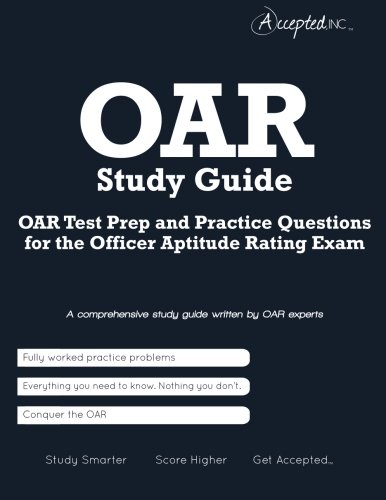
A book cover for OAR Study Guide: OAR Test Prep and Practice Test Questions for the Officer Aptitude Rating Exam; Inc. Accepted; Test Preparation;